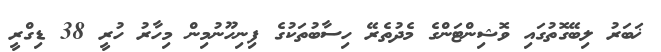
ޚަބަރު ލިބޭގޮތުގައި ވޮޝިންޓަންގެ މެދުތެރޭ ހިސާބުތަކުގެ ފިނިހޫނުމިން މިހާރު ހުރީ 38 ޑިގްރީ